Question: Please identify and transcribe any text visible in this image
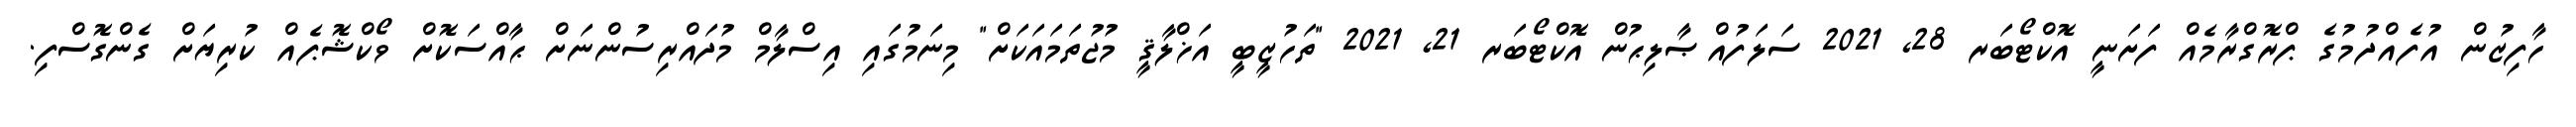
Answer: ހާފިޒުން އުފެއްދުމުގެ ޕްރޮގްރާމެއް ފަށަނީ އޮކްޓޯބަރ 28, 2021 ސަލަފުއްޞާލިޙުން އޮކްޓޯބަރ 21, 2021 "ތަހުޒީބީ އަޚްލާޤީ މުޖުތަމައަކަށް" މިނަމުގައި އިސްލާމް މުދައްރިސުންނަށް ޙާއްސަކޮށް ވޯކްޝޮޕެއް ކުރިޔަށް ގެންގޮސްފި.